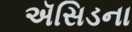
ઍસિડના